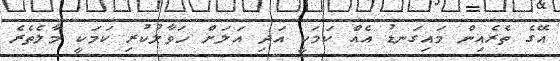
އޭގެ ތެރެއިން މައިގަނޑު އެއް ކަމަކީ އަދި އަލަށް ހަވާލުކުރި ކަމަކީ މާލެތެރެ